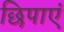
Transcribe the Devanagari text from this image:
छिपाएं